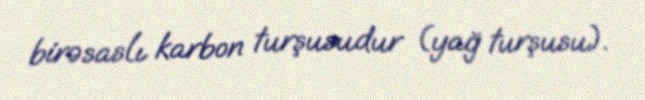
birəsaslı karbon turşusudur (yağ turşusu).